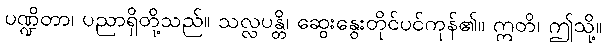
ပဏ္ဍိတာ၊ ပညာရှိတို့သည်။ သလ္လပန္တိ၊ ဆွေးနွေးတိုင်ပင်ကုန်၏။ ဣတိ၊ ဤသို့။